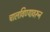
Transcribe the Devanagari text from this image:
चालविण्यावरून